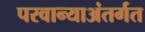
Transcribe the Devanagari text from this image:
परवान्याअंतर्गत